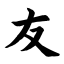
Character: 友